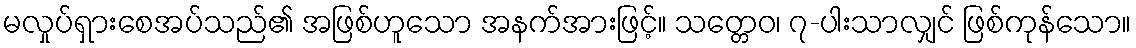
မလှုပ်ရှားစေအပ်သည်၏ အဖြစ်ဟူသော အနက်အားဖြင့်။ သတ္တေဝ၊ ၇-ပါးသာလျှင် ဖြစ်ကုန်သော။